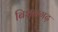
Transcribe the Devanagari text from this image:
बिशनगढ़